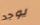
يوجد